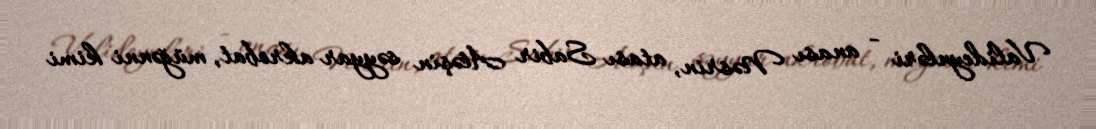
Valideynləri - anası Nəsrin, atası Sabir Atəşin səyyar akrobat, müğənni kimi